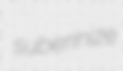
suberinize